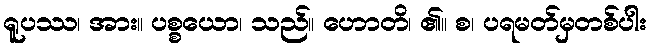
ရူပဿ၊ အား။ ပစ္စယော၊ သည်။ ဟောတိ၊ ၏။ စ၊ ပရမတ်မှတစ်ပါး